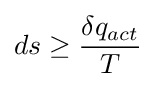
ds\geq {\frac {\delta q_{act}}{T}}